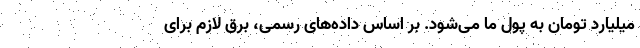
میلیارد تومان به پول ما می‌شود. بر اساس داده‌های رسمی، برق لازم برای